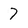
Character: 7